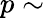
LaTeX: p\sim